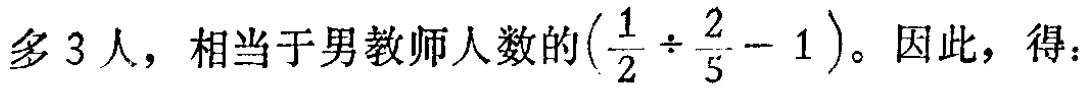
多 3 人，相当于男教师人数的\((\frac{1}{2} \div \frac{2}{5} - 1)\)。因此，得：